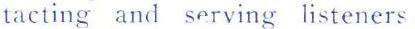
tacting and serving listeners